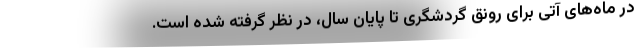
در ماه‌های آتی برای رونق گردشگری تا پایان سال، در نظر گرفته شده است.